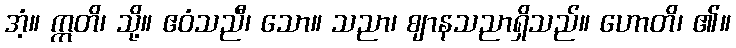
အံ့။ ဣတိ၊ သို့။ ဧဝံသညီ၊ သော။ သညာ၊ ဈာနသညာရှိသည်။ ဟောတိ၊ ၏။